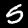
Label: 5